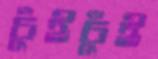
চুঁইচুঁই